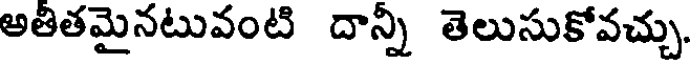
అతితమైనటువంటి దాన్నీ తెలుసుకోవచ్చు.